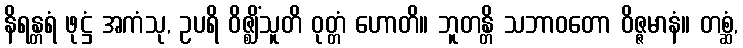
နိရန္တရံ ဖုဋ္ဌံ အကံသု, ဥပရိ ဝိဇ္ဈိံသူတိ ဝုတ္တံ ဟောတိ။ ဘူတန္တိ သဘာဝတော ဝိဇ္ဇမာနံ။ တစ္ဆံ,